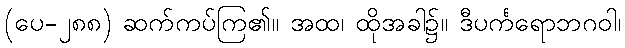
(ပေ-၂၈၈) ဆက်ကပ်ကြ၏။ အထ၊ ထိုအခါ၌။ ဒီပင်္ကရောဘဂဝါ၊